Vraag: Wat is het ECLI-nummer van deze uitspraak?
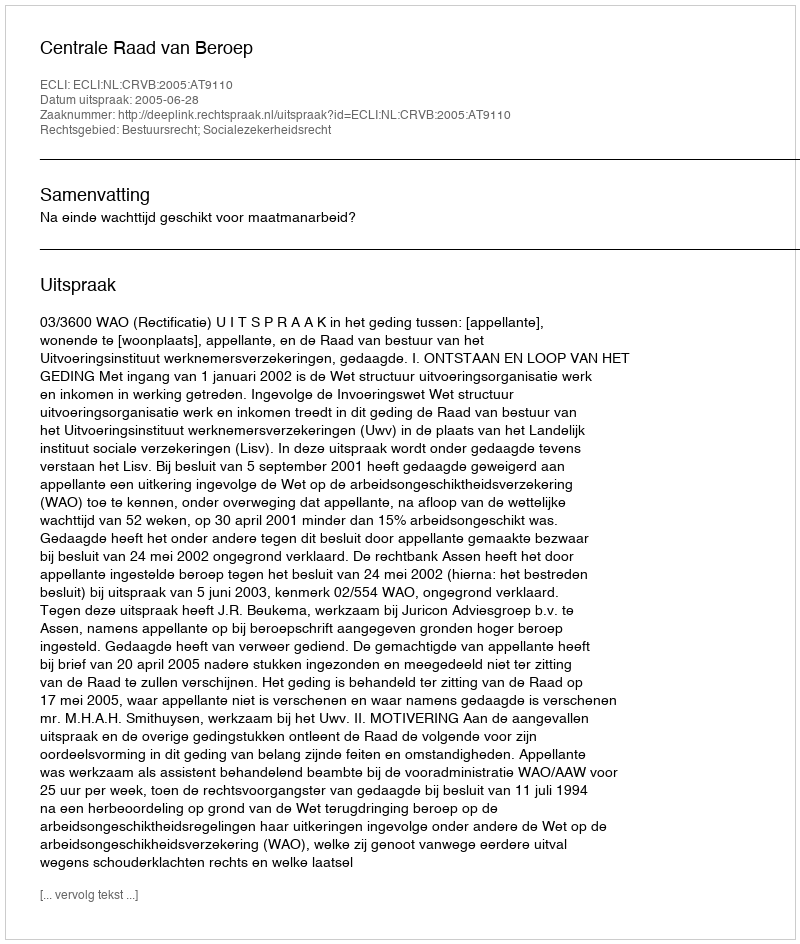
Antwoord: ECLI:NL:CRVB:2005:AT9110